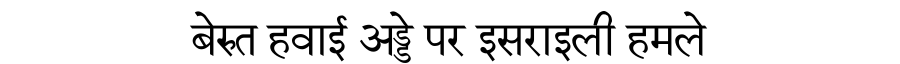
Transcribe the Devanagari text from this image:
बेरुत हवाई अड्डे पर इसराइली हमले